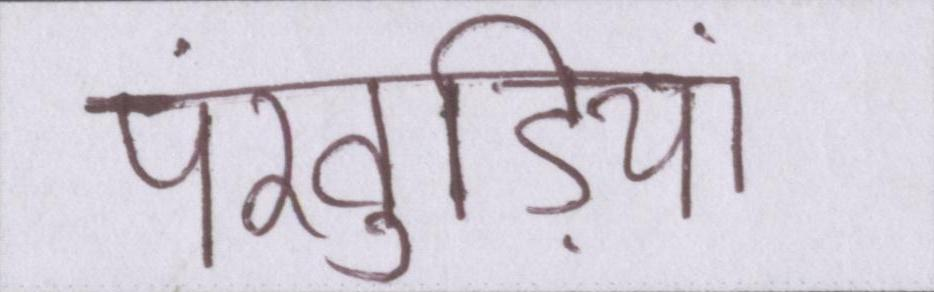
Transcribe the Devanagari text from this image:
पंखुड़ियां